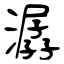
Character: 潺